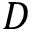
D